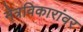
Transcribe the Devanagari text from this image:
नेत्रविकारांवर